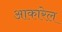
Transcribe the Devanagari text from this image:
आकारेल